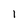
Character: 1